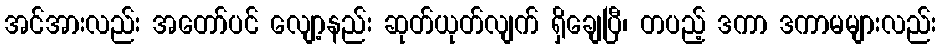
အင်အားလည်း အတော်ပင် လျော့နည်း ဆုတ်ယုတ်လျက် ရှိချေပြီ၊ တပည့် ဒကာ ဒကာမများလည်း